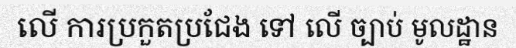
លើ ការប្រកួតប្រជែង ទៅ លើ ច្បាប់ មូលដ្ឋាន